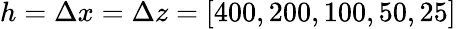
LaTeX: h=\Delta x=\Delta z=[400,200,100,50,25]